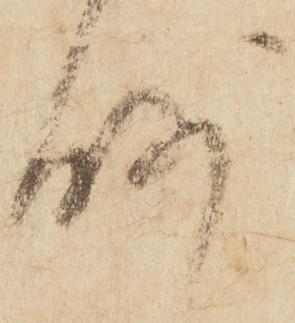
略